Vaccination returns of the Province of Eastern Bengal and Assam - 1905-1912
Year: 1905
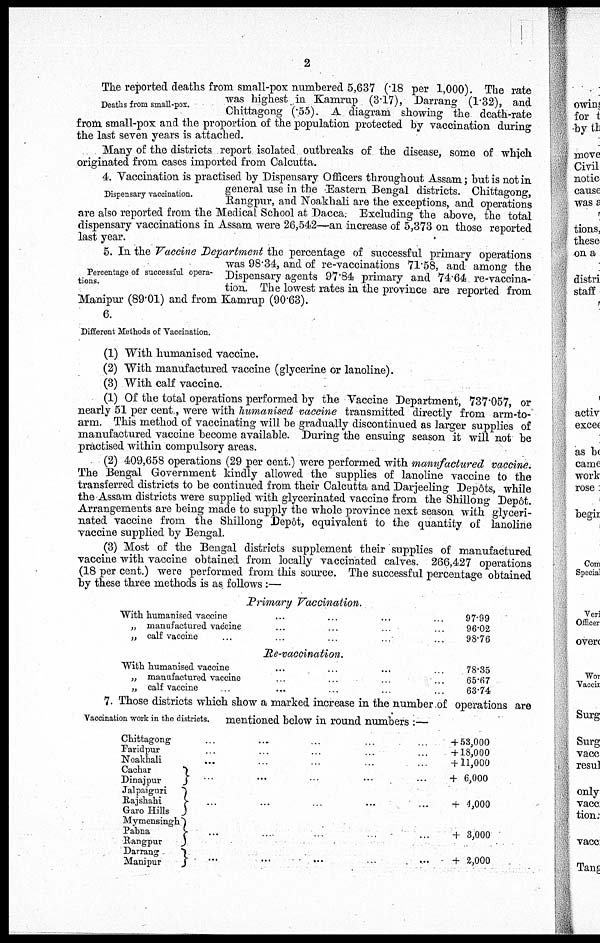
2
Deaths from small-pox.
The reported deaths from small-pox numbered 5,637 (.18 per 1,000). The rate
was highest in Kamrup (3.17), Darrang (1.32), and
Chittagong (.55). A diagram showing the death-rate
from small-pox and the proportion of the population protected by vaccination during
the last seven years is attached.
Many of the districts report isolated outbreaks of the disease, some of which
originated from cases imported from Calcutta.
Dispensary vaccination.
4. Vaccination is practised by Dispensary Officers throughout Assam; but is not in
general use in the Eastern Bengal districts. Chittagong,
Rangpur, and Noakhali are the exceptions, and operations
are also reported from the Medical School at Dacca. Excluding the above, the total
dispensary vaccinations in Assam were 26,542—an increase of 5,373 on those reported
last year.
Percentage of successful opera-
tions.
5. In the Vaccine Department the percentage of successful primary operations
was 98.34, and of re-vaccinations 71.58, and among the
Dispensary agents 97.84 primary and 74.64 re-vaccina-
tion. The lowest rates in the province are reported from
Manipur (89.01) and from Kamrup (90.63).
6.
Different Methods of Vaccination.
(1) With humanised vaccine.
(2) With manufactured vaccine (glycerine or lanoline).
(3) With calf vaccine.
(1) Of the total operations performed by the Vaccine Department, 737.057, or
nearly 51 per cent., were with humanised vaccine transmitted directly from arm-to-
arm. This method of vaccinating will be gradually discontinued as larger supplies of
manufactured vaccine become available. During the ensuing season it will not be
practised within compulsory areas.
(2) 409,658 operations (29 per cent.) were performed with manufactured vaccine.
The Bengal Government kindly allowed the supplies of lanoline vaccine to the
transferred districts to be continued from their Calcutta and Darjeeling Depôts, while
the Assam districts were supplied with glycerinated vaccine from the Shillong Depôt.
Arrangements are being made to supply the whole province next season with glyceri-
nated vaccine from the Shillong Depôt, equivalent to the quantity of lanoline
vaccine supplied by Bengal.
(3) Most of the Bengal districts supplement their supplies of manufactured
vaccine with vaccine obtained from locally vaccinated calves. 266,427 operations
(18 per cent.) were performed from this source. The successful percentage obtained
by these three methods is as follows :—
Primary Vaccination.
With humanised vaccine ... ... ... ...
„ manufactured vaccine ... ... ... ...
„ calf vaccine ... ... ... ...
97.99
96.02
98.76
Re-vaccination.
With humanised vaccine ... ... ... ...
„ manufactured vaccine ... ... ... ...
„ calf vaccine ... ... ... ...
78.35
65.67
63.74
Vaccination work in the districts.
7. Those districts which show a marked increase in the number of operations are
mentioned below in round numbers :—
Chittagong
Faridpur
Noakhali
Cachar
Dinajpur
Jalpaiguri
Rajshahi
Garo Hills
Mymensingh
Pabna
Rangpur
Darrang
Manipur
... ... ... ... ... + 53,000
... ... ... ... ... + 18,000
... ... ... ... ... + 11,000
... ... ... ... ...+ 6,000
... ... ... ... ... + 4,000
... ... ... ... ... + 3,000
... ... ... ... ... + 2,000